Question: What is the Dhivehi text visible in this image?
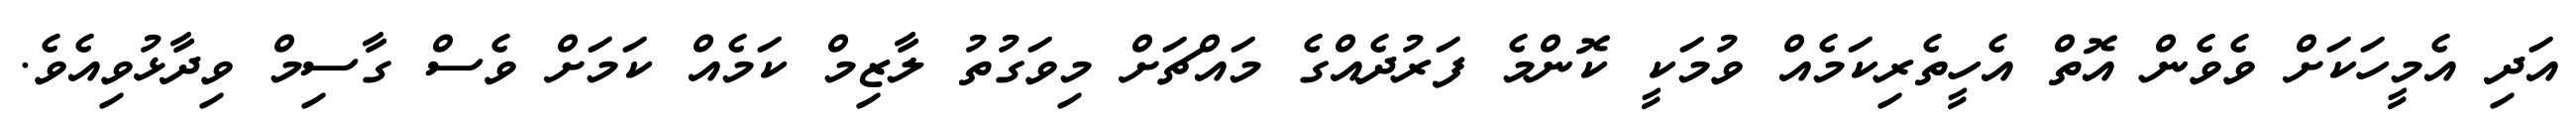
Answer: އަދި އެމީހަކަށް ވެވެން އޮތް އެހީތެރިކަމެއް ވުމަކީ ކޮންމެ ފަރުދެއްގެ މައްޗަށް މިވަގުތު ލާޒިމް ކަމެއް ކަމަށް ވެސް ގާސިމް ވިދާޅުވިއެވެ.